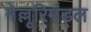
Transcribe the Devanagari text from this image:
नेल्लूरिमंडल